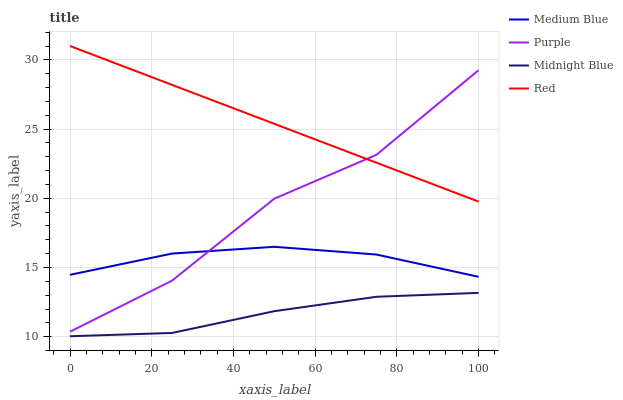
| xaxis_label | Medium Blue | Purple | Midnight Blue | Red |
 | --- | --- | --- | --- | --- |
 | 0 | 14.5 | 10.4 | 10 | 31 |
 | 25 | 16 | 14.1 | 10.3 | 28.2 |
 | 50 | 16.5 | 20 | 11.8 | 25.4 |
 | 75 | 15.9 | 23.1 | 12.9 | 22.6 |
 | 100 | 14.3 | 29.2 | 13.2 | 19.8 |